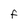
Character: f